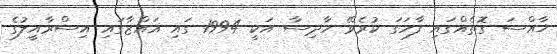
ޚާއްސަ ގޮތެއްގައި ފާހަގަ ކުރެވޭ ހާދިސާ އަކީ 1994 ގައި ޣައްޒާގައި އިސްރާއީލުގެ